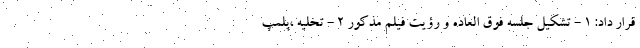
قرار داد: ۱ - تشکیل جلسه فوق العاده و رؤیت فیلم مذکور ۲ - تخلیه ،پلمپ